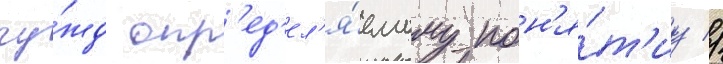
чу́жд опр'ед'ел'я́емому пон'я́т'иу //